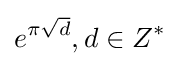
e^{\pi {\sqrt {d}}},d\in Z^{*}